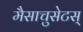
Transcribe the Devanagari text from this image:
मैसाचुसेटस्